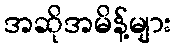
အဆိုအမိန့်များ